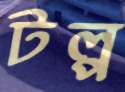
টল্প